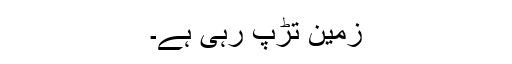
زمین تڑپ رہی ہے۔